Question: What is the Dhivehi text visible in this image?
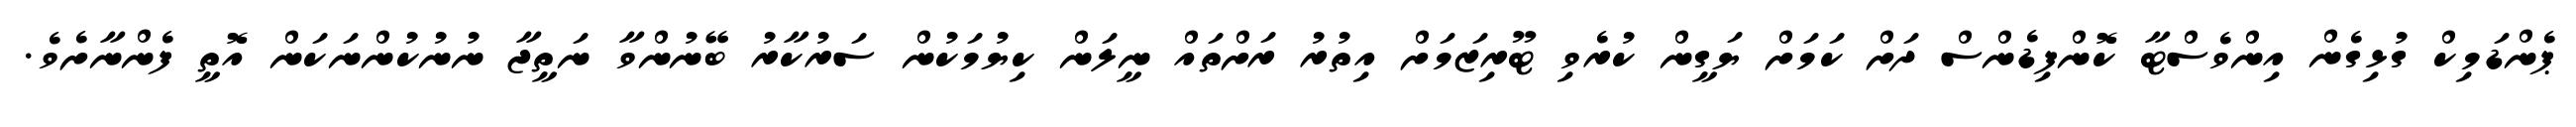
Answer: ޕެންޑަމިކް ގުޅިގެން އިންވެސްޓާ ކޮންފިޑެންސް ދަށް ކަމަށް ޔަގީން ކުރެވި ޓޫރިޒަމަށް އިތުރު ރަށްތައް ނީލަން ކިޔުމަކުން ސަރުކާރު ބޭނުންވާ ނަތީޖާ ނުނުކުންނަކަން އޮތީ ފެންނާށެވެ.